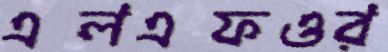
এলএফওর